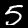
Label: 5